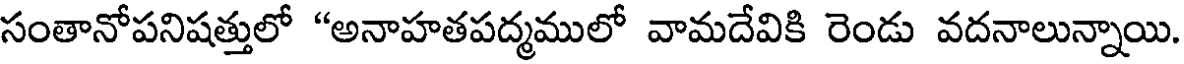
సంతానోపనిషత్తులో "అనాహతపద్మములో వామదేవికి రెండు వదనాలున్నాయి